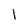
Character: 1